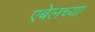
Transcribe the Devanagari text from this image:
एबेलच्या